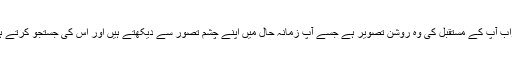
خواب آپ کے مستقبل کی وہ روشن تصویر ہے جسے آپ زمانہ حال میں اپنے چشمِ تصور سے دیکھتے ہیں اور اس کی جستجو کرتے ہیں۔